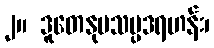
၂။ ဒူတေနုပသမ္ပဒရဟန်း၊